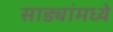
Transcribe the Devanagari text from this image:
साड्यांमध्ये